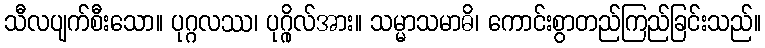
သီလပျက်စီးသော။ ပုဂ္ဂလဿ၊ ပုဂ္ဂိုလ်အား။ သမ္မာသမာဓိ၊ ကောင်းစွာတည်ကြည်ခြင်းသည်။